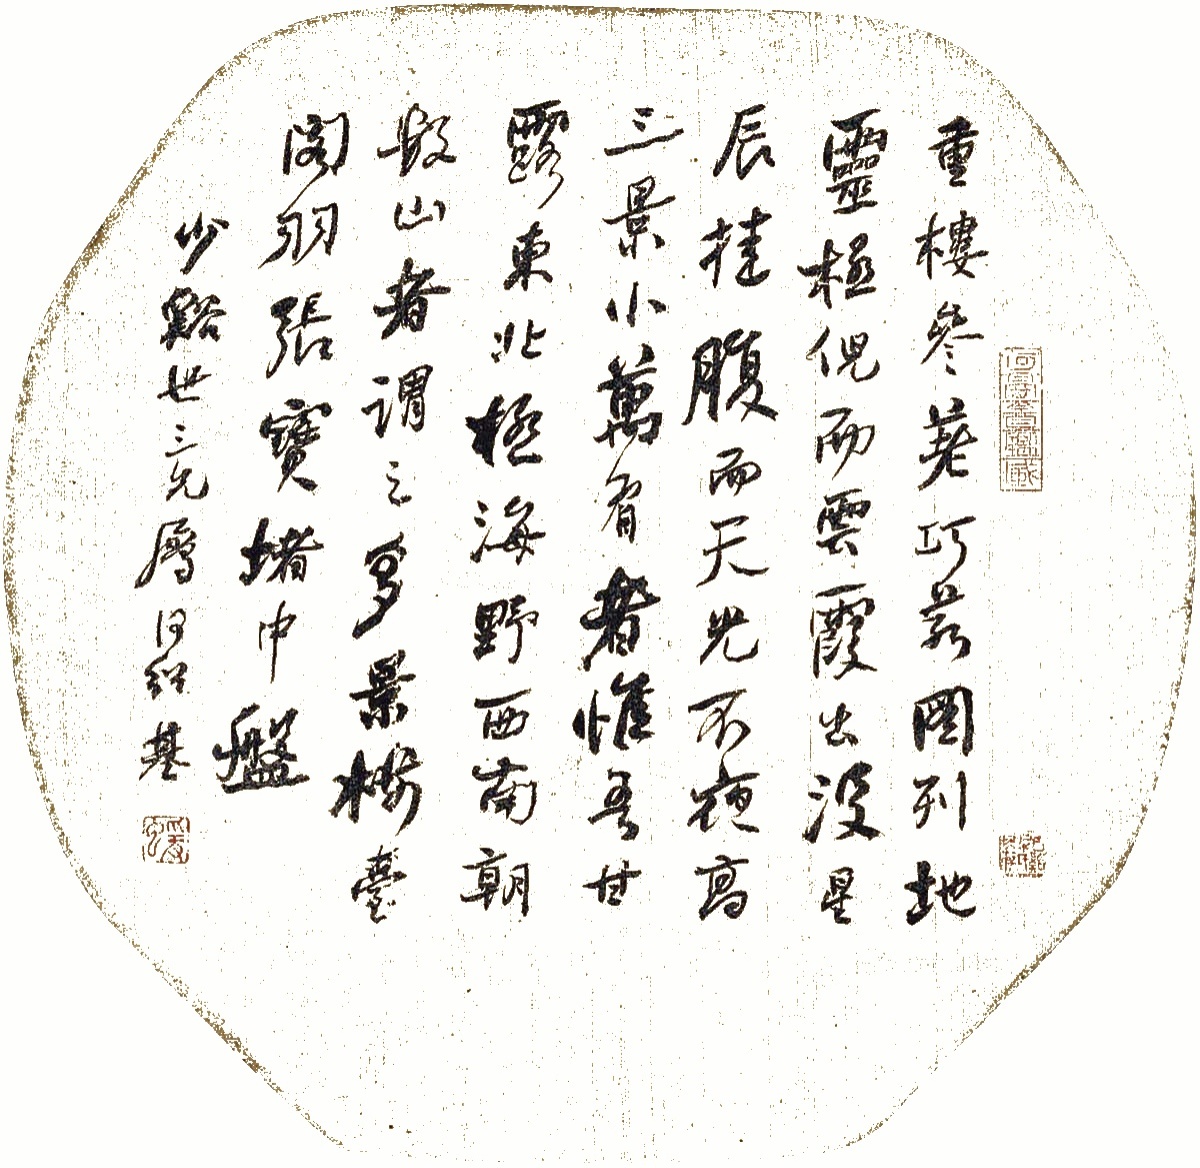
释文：重楼参差，巧若图列。地灵极倪，而云霞出没。星辰挂腹，而天光不夜。高三景小万有者惟吾甘露，东北极海野西南朝数山者，谓之多景楼。台阁羽张，宝堵中盘。少溪世三兄属，何绍基。